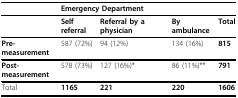
<table><thead><tr><td></td><td colspan="4"><b>Emergency Department</b></td></tr></thead><tbody><tr><td></td><td><b>Self referral</b></td><td><b>Referral by a physician</b></td><td><b>By ambulance</b></td><td><b>Total</b></td></tr><tr><td><b>Pre-measurement</b></td><td>587 (72%)</td><td>94 (12%)</td><td>134 (16%)</td><td><b>815</b></td></tr><tr><td><b>Post-measurement</b></td><td>578 (73%)</td><td>127 (16%)*</td><td>86 (11%)**</td><td><b>791</b></td></tr><tr><td>Total</td><td><b>1165</b></td><td><b>221</b></td><td><b>220</b></td><td><b>1606</b></td></tr></tbody></table>